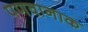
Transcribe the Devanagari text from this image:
पणवानाक